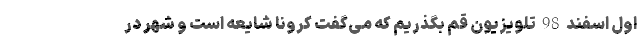
اول اسفند 98 تلویزیون قم بگذریم که می‌گفت کرونا شایعه است و شهر در